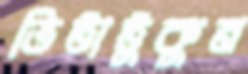
ভিটাটুকুন